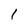
Character: 1